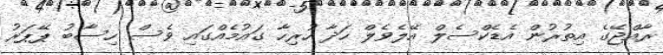
ރާއްޖޭގެ އިތުރުން އެޑެކްސެލް އޭލެވެލް ހަދާ ހުރިހާ ގައުމެއްގައި ވެސް ހިސާބު ޕޭޕަރު